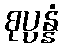
စုပ္ပန္နံ